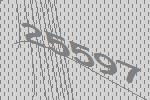
25597